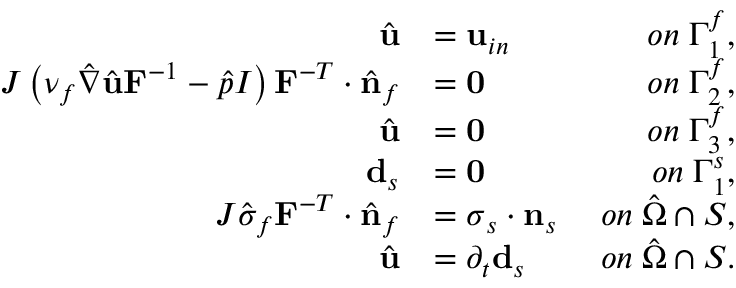
\begin{array} { r l r } { \hat { \mathbf { u } } } & { = \mathbf { u } _ { i n } \; } & { o n \; \Gamma _ { 1 } ^ { f } , } \\ { J \left( \nu _ { f } \hat { \nabla } \hat { \mathbf { u } } \mathbf { F } ^ { - 1 } - \hat { p } I \right) \mathbf { F } ^ { - T } \cdot \hat { \mathbf { n } } _ { f } } & { = \mathbf { 0 } \; } & { o n \; \Gamma _ { 2 } ^ { f } , } \\ { \hat { \mathbf { u } } } & { = \mathbf { 0 } \; } & { o n \; \Gamma _ { 3 } ^ { f } , } \\ { \mathbf { d } _ { s } } & { = \mathbf { 0 } \; } & { o n \; \Gamma _ { 1 } ^ { s } , } \\ { J \hat { \sigma } _ { f } \mathbf { F } ^ { - T } \cdot \hat { \mathbf { n } } _ { f } } & { = \boldsymbol { \sigma } _ { s } \cdot \mathbf { n } _ { s } \; } & { o n \; \hat { \Omega } \cap \cal S , } \\ { \hat { \mathbf { u } } } & { = \partial _ { t } \mathbf { d } _ { s } \; } & { o n \; \hat { \Omega } \cap \cal S . } \end{array}